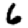
Digit: 6